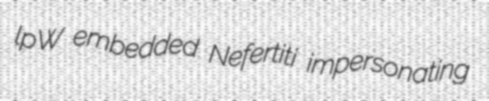
lpW embedded Nefertiti impersonating